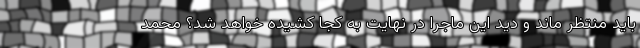
باید منتظر ماند و دید این ماجرا در نهایت به کجا کشیده خواهد شد؟ محمد